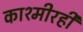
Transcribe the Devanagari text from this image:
काश्मीरही